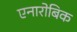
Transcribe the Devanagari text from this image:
एनारोबिक